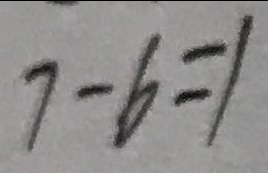
7 - 6 = 1